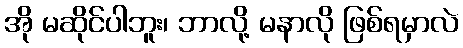
အို မဆိုင်ပါဘူး၊ ဘာလို့ မနာလို ဖြစ်ရမှာလဲ